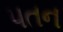
પતન